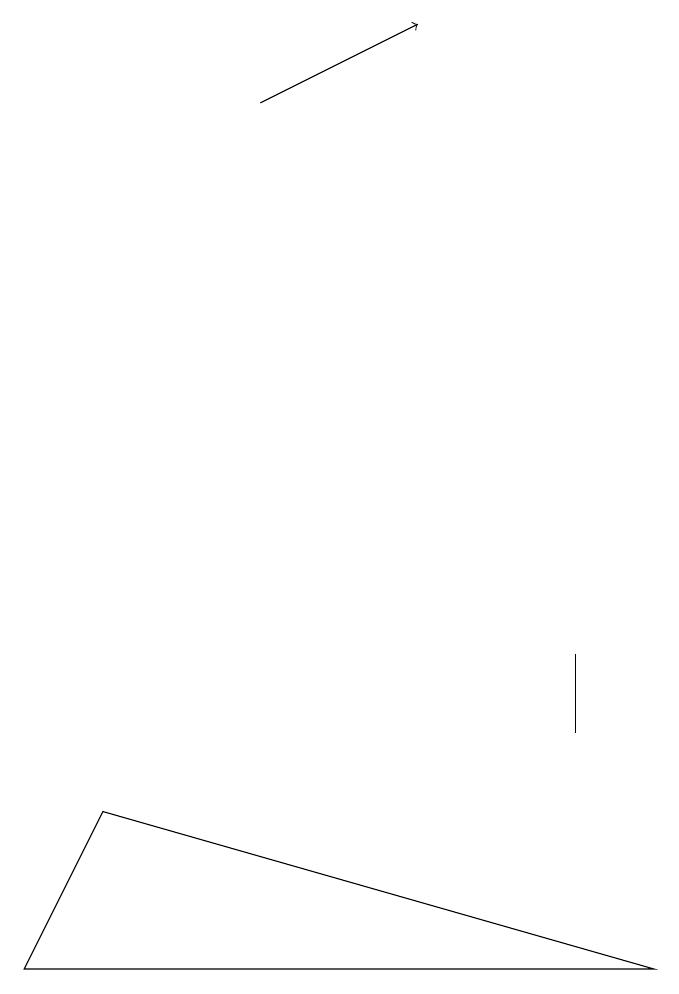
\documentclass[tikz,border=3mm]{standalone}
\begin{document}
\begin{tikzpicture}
\draw (9,5) -- (2,7) -- (1,5) -- cycle;
\draw[->] (4,16) -- (6,17);
\draw (8,9) -- (8,8) -- (8,9) -- cycle;
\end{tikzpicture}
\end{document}